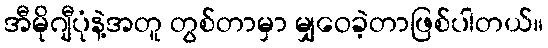
အီမိုဂျီပုံနဲ့အတူ တွစ်တာမှာ မျှဝေခဲ့တာဖြစ်ပါတယ်။